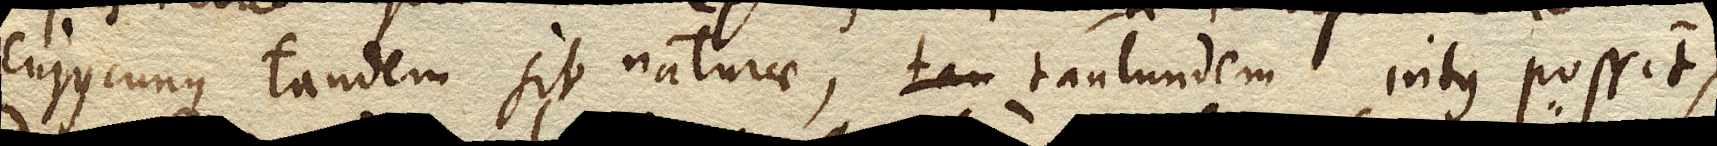
cujuscunque tandem sit naturae, tantundem intus possit,